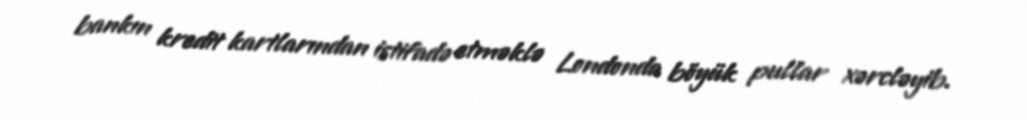
bankın kredit kartlarından istifadə etməklə Londonda böyük pullar xərcləyib.